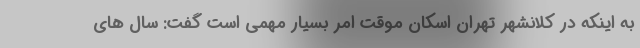
به اینکه در کلانشهر تهران اسکان موقت امر بسیار مهمی است گفت: سال های